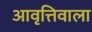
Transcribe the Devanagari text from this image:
आवृत्तिवाला